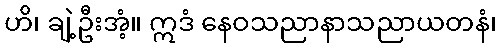
ဟိ၊ ချဲ့ဦးအံ့။ ဣဒံ နေဝသညာနာသညာယတနံ၊